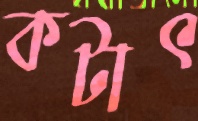
কটাৎ